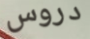
دروس